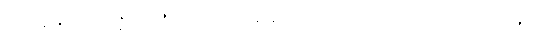
အာနန္ဒဿဂိဇ္ဈရာဇဿ၊ အာနန္ဒအမည်ရှိသော လင်းတမင်း၏။